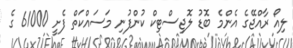
ލިއޯ ރާއްޖޭގެ އެންމެ ބޮޑު ލޮޖިސްޓިކް ކުންފުނި މަސައްކަތް ފެށީ 61000 ގެ